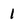
Character: 1